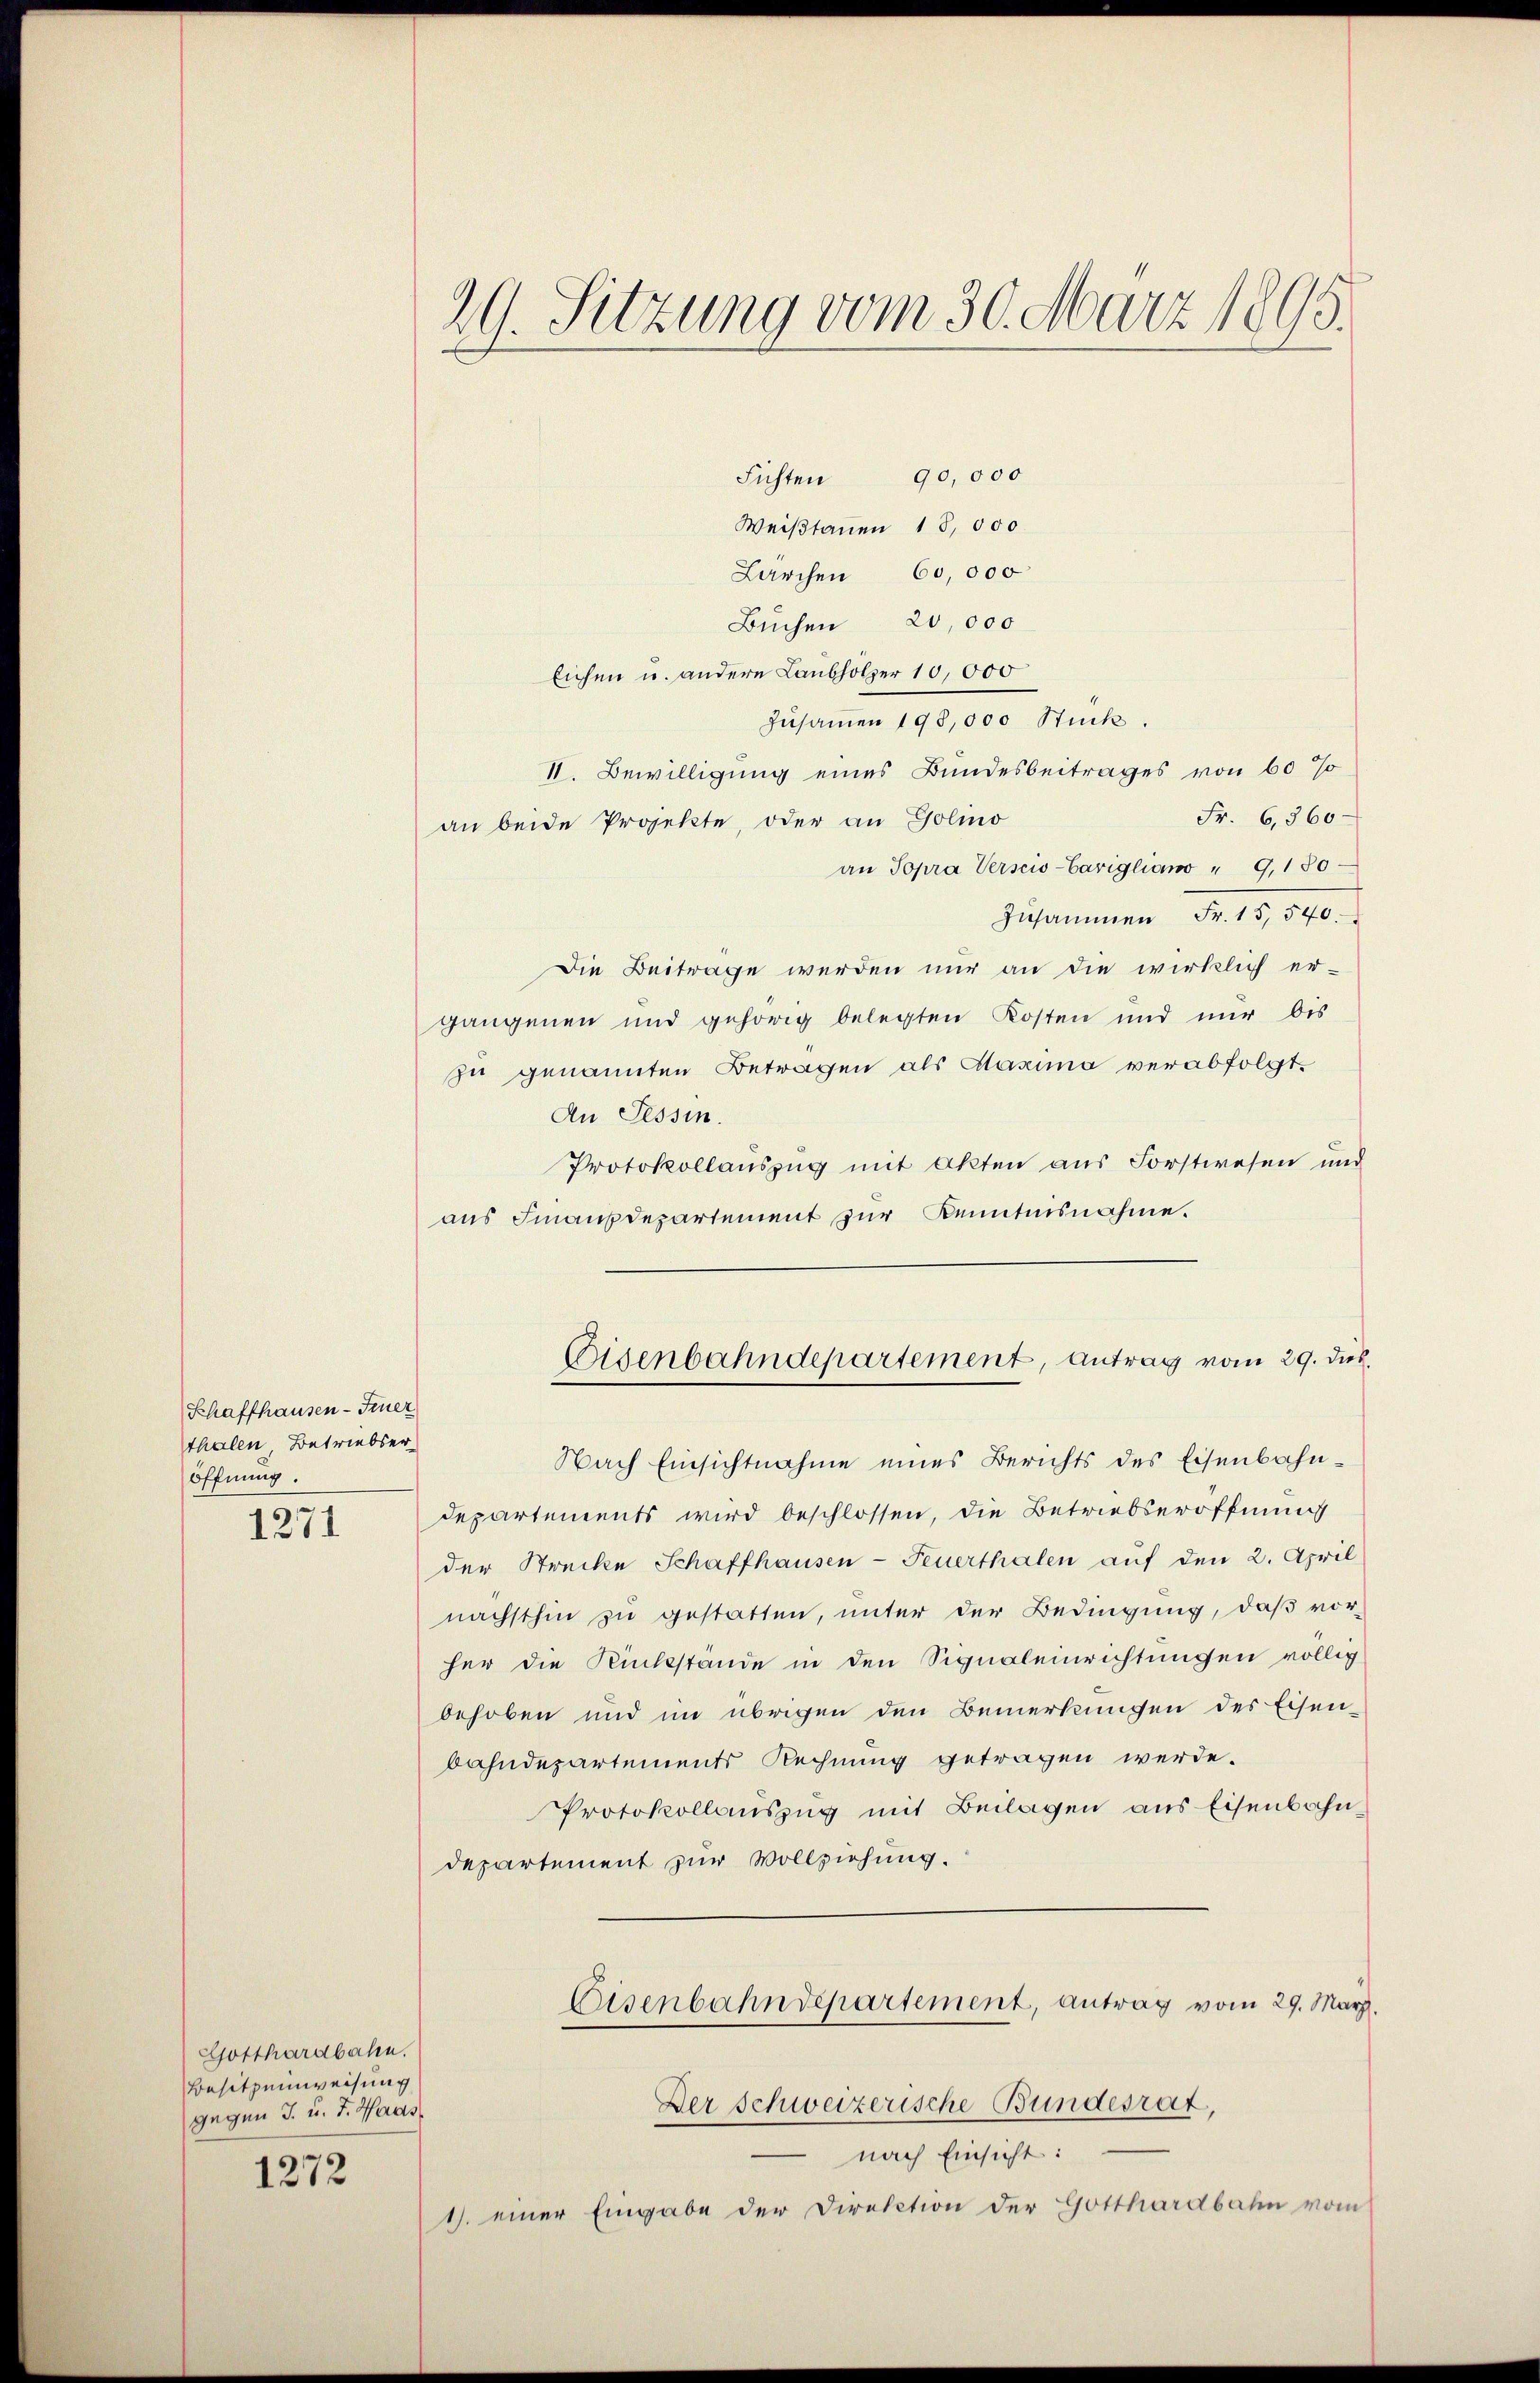
Schaffhausen - Feuer
thalen, Betriebseröffnung.
1271

Gotthardbahn.
Besitzeinweisung
gegen J. u. F. Haus
1272

Fichten 90,000
Weißtanen 18,000
Lärchen 60,000
Buchen 20,000
lichen u. andere Laubhölzer 10,000
zusammen 193,000 Stück.
II. Bewilligung eines Bundesbeitrages von 60 %
Fr. 6,360
an beide Projekte, oder an Golino
an Topra Verscio Carigliam " 9,180
Zusammen Fr. 15,540.
Die Beitrage werden nur an die wirklich er-
gangenen und gehörig belegten Kosten und nur bis
zu genannten Betragen als Kasina verabfolgt.
An Tessin.
Protokollauszug mit Akten aus Forstwesen und
aus Finanzdepartement zur Kenntnisnahme.
Eisenbahndepartement, antrag vom 29. dies
Nach Einsichtnahme eines Berichts des Eisenbahndepartements wird beschlossen, die Betriebseröffnung
der Strecke Schaffhausen-Feuerthalen auf den 2. April
nächsthin zu gestatten, unter der Bedingung, daß vorher die Rückstände in den Signaleinrichtungen völlig
behoben und im übrigen den Bemerkungen des Eisen-
bahndepartements Rechnung getragen werde.
Protokollauszug mit Beilagen aus Eisenbahndepartement zur Vollziehung.
Eisenbahndepartement, antrag vom 29. März.
Der Schweizerische Bundesrat,
nach Einsicht:
1. einer Eingabe der Direktion der Gotthardbahn vom

29. Sitzung vom 30. März 1895.